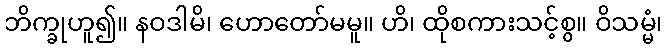
ဘိက္ခုဟူ၍။ နဝဒါမိ၊ ဟောတော်မမူ။ ဟိ၊ ထိုစကားသင့်စွ။ ဝိသမ္မံ၊